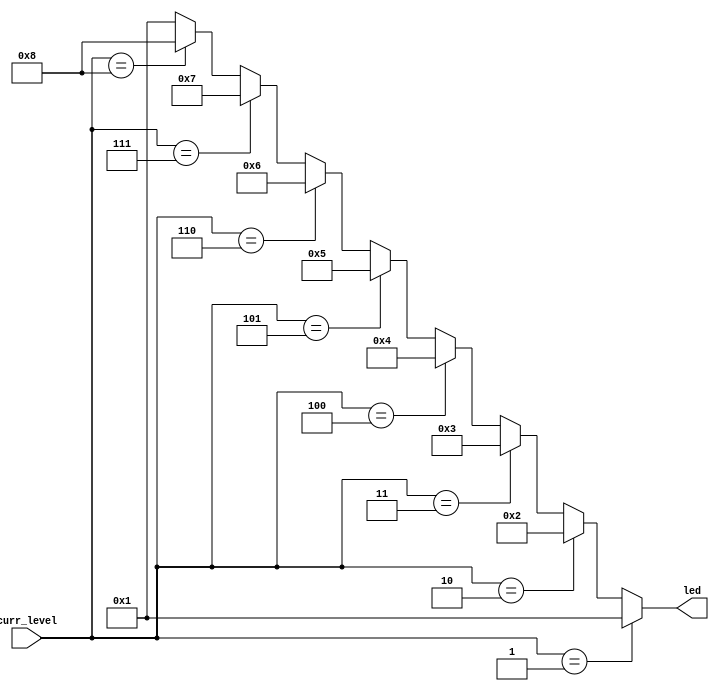
module LEDdisplay(
    input [3:0] curr_level,
    output [3:0] led
    );

	assign led = (curr_level == 4'b0001) ? 4'b0001 :
		(curr_level == 4'b0010) ? 4'b0010 :
		(curr_level == 4'b0011) ? 4'b0011 :
		(curr_level == 4'b0100) ? 4'b0100 :
		(curr_level == 4'b0101) ? 4'b0101 :
		(curr_level == 4'b0110) ? 4'b0110 :
		(curr_level == 4'b0111) ? 4'b0111 :
		(curr_level == 4'b1000) ? 4'b1000 :
		4'b10001 ;	

endmodule